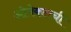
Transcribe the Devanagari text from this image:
ओपेक्टाची